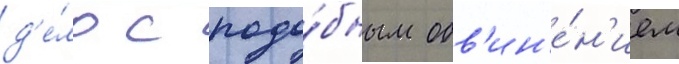
д'е́ло с подо́бным обв'ин'е́н'ием